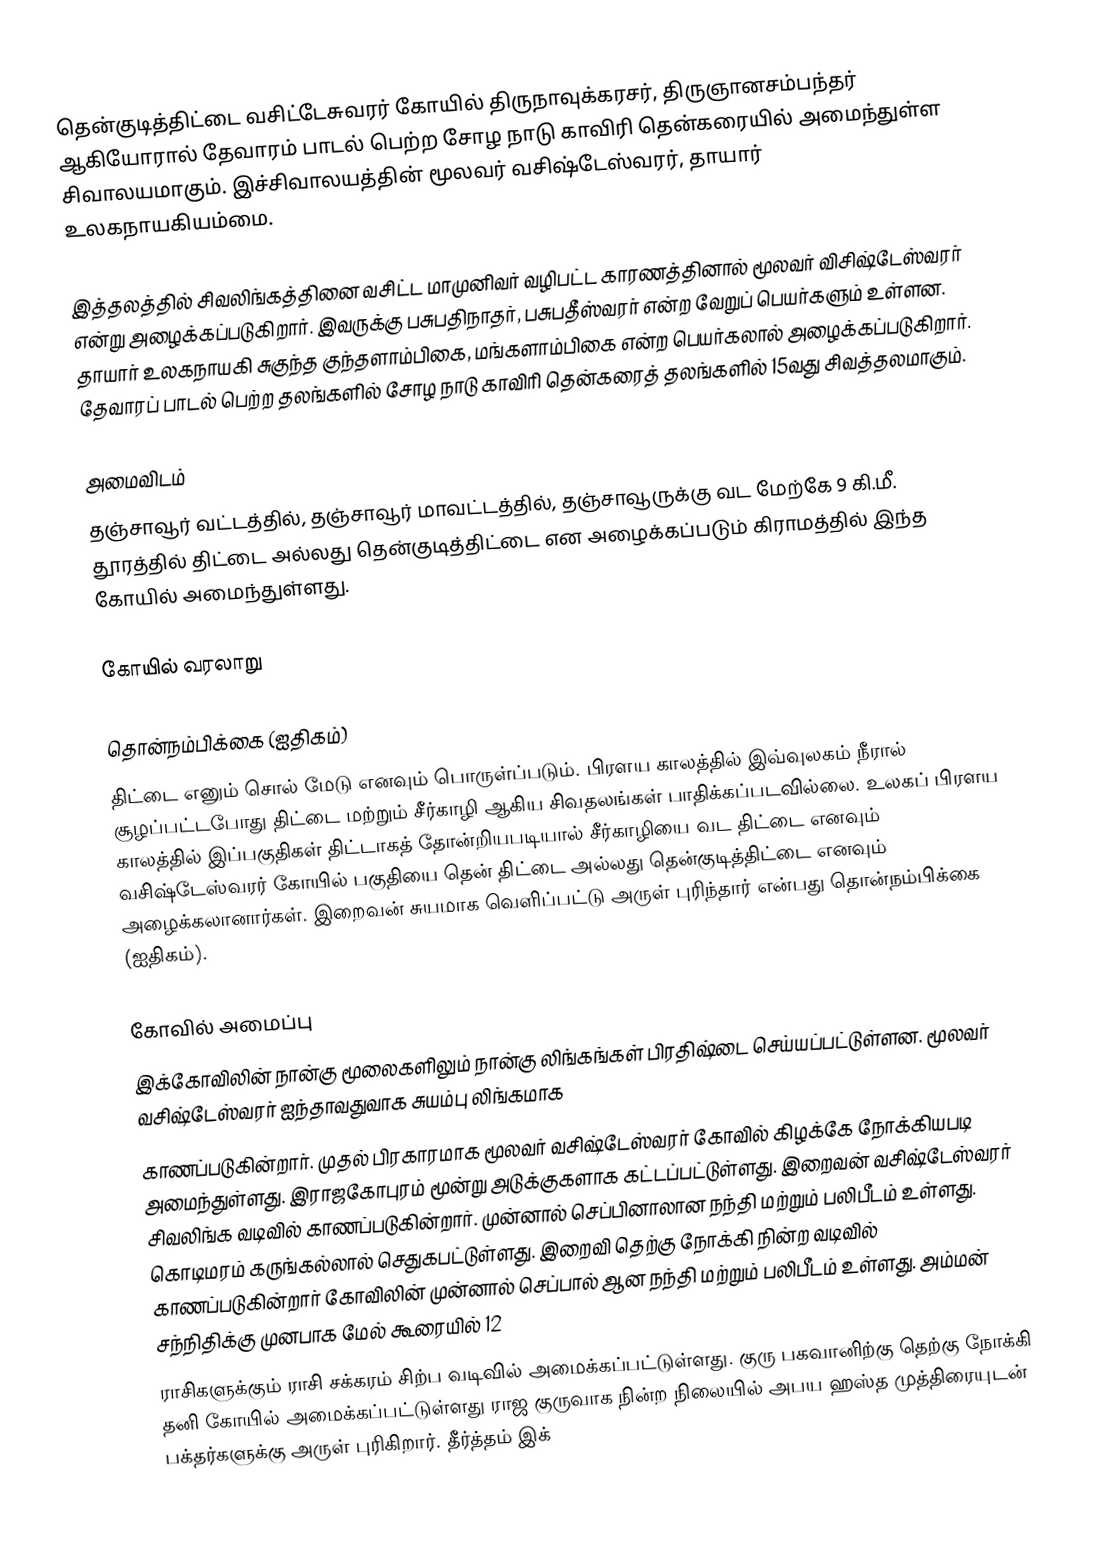
தென்குடித்திட்டை வசிட்டேசுவரர் கோயில் திருநாவுக்கரசர், திருஞானசம்பந்தர் ஆகியோரால் தேவாரம் பாடல் பெற்ற சோழ நாடு காவிரி தென்கரையில் அமைந்துள்ள சிவாலயமாகும். இச்சிவாலயத்தின் மூலவர் வசிஷ்டேஸ்வரர், தாயார் உலகநாயகியம்மை.

இத்தலத்தில் சிவலிங்கத்தினை வசிட்ட மாமுனிவர் வழிபட்ட காரணத்தினால் மூலவர் விசிஷ்டேஸ்வரர் என்று அழைக்கப்படுகிறார். இவருக்கு பசுபதிநாதர், பசுபதீஸ்வரர் என்ற வேறுப் பெயர்களும் உள்ளன. தாயார் உலகநாயகி சுகுந்த குந்தளாம்பிகை, மங்களாம்பிகை என்ற பெயர்கலால் அழைக்கப்படுகிறார். தேவாரப் பாடல் பெற்ற தலங்களில்  சோழ நாடு காவிரி தென்கரைத் தலங்களில் 15வது சிவத்தலமாகும்.

அமைவிடம்
தஞ்சாவூர் வட்டத்தில், தஞ்சாவூர் மாவட்டத்தில், தஞ்சாவூருக்கு வட மேற்கே 9 கி.மீ. தூரத்தில் திட்டை அல்லது தென்குடித்திட்டை என அழைக்கப்படும் கிராமத்தில் இந்த கோயில் அமைந்துள்ளது.

கோயில் வரலாறு

தொன்நம்பிக்கை (ஐதிகம்)
திட்டை எனும் சொல் மேடு எனவும் பொருள்ப்படும். பிரளய காலத்தில் இவ்வுலகம் நீரால் சூழப்பட்டபோது திட்டை மற்றும் சீர்காழி ஆகிய சிவதலங்கள் பாதிக்கப்படவில்லை. உலகப் பிரளய காலத்தில் இப்பகுதிகள் திட்டாகத் தோன்றியபடியால் சீர்காழியை வட திட்டை எனவும் வசிஷ்டேஸ்வரர் கோயில் பகுதியை தென் திட்டை அல்லது தென்குடித்திட்டை எனவும் அழைக்கலானார்கள். இறைவன் சுயமாக வெளிப்பட்டு அருள் புரிந்தார் என்பது தொன்நம்பிக்கை (ஐதிகம்).

கோவில் அமைப்பு
இக்கோவிலின் நான்கு மூலைகளிலும் நான்கு லிங்கங்கள் பிரதிஷ்டை செய்யப்பட்டுள்ளன. மூலவர் வசிஷ்டேஸ்வரர் ஐந்தாவதுவாக சுயம்பு லிங்கமாக
காணப்படுகின்றார். முதல் பிரகாரமாக மூலவர் வசிஷ்டேஸ்வரர் கோவில் கிழக்கே நோக்கியபடி அமைந்துள்ளது. இராஜகோபுரம் மூன்று அடுக்குகளாக கட்டப்பட்டுள்ளது. இறைவன் வசிஷ்டேஸ்வரர் சிவலிங்க வடிவில் காணப்படுகின்றார். முன்னால் செப்பினாலான நந்தி மற்றும் பலிபீடம் உள்ளது. கொடிமரம் கருங்கல்லால் செதுகபட்டுள்ளது. இறைவி தெற்கு நோக்கி நின்ற வடிவில் காணப்படுகின்றார் கோவிலின் முன்னால் செப்பால் ஆன நந்தி மற்றும் பலிபீடம் உள்ளது. அம்மன் சந்நிதிக்கு முனபாக மேல் கூரையில் 12
ராசிகளுக்கும் ராசி சக்கரம் சிற்ப வடிவில் அமைக்கப்பட்டுள்ளது. குரு பகவானிற்கு தெற்கு நோக்கி தனி கோயில் அமைக்கப்பட்டுள்ளது ராஜ குருவாக நின்ற நிலையில் அபய ஹஸ்த முத்திரையுடன் பக்தர்களுக்கு அருள் புரிகிறார். தீர்த்தம் இக்